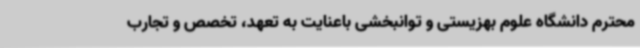
محترم دانشگاه علوم بهزیستی و توانبخشی باعنایت به تعهد، تخصص و تجارب